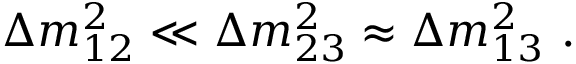
\Delta m _ { 1 2 } ^ { 2 } \ll \Delta m _ { 2 3 } ^ { 2 } \approx \Delta m _ { 1 3 } ^ { 2 } ~ .